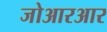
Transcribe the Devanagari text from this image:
जोआरआर